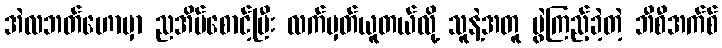
အဲလဘတ်ဟောမှာ ညအိပ်စောင့်ပြီး လက်မှတ်ယူတယ်လို့ သူနဲ့အတူ ပွဲကြည့်ခဲ့တဲ့ ဘီစီအက်စ်